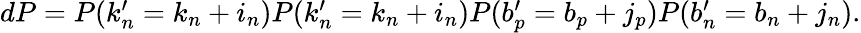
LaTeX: \begin{array}{r}{dP=P(k_{n}^{\prime}=k_{n}+i_{n})P(k_{n}^{\prime}=k_{n}+i_{n})P(b_{p}^{\prime}=b_{p}+j_{p})P(b_{n}^{\prime}=b_{n}+j_{n}).}\end{array}